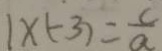
1 \times ( - 3 ) = \frac { c } { a }